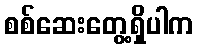
စစ်ဆေးတွေ့ရှိပါက